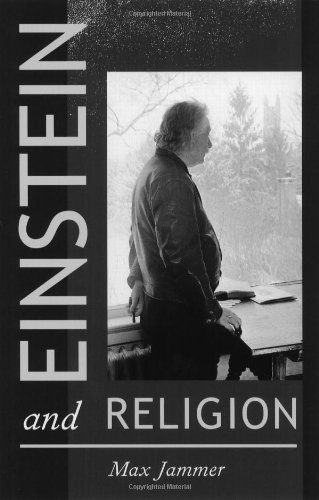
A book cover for Einstein and Religion: Physics and Theology; Max Jammer; Science & Math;